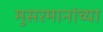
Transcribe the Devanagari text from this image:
मुसरमानांच्या